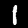
Label: 1